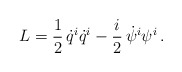
\begin{align*}L=\frac{1}{2}\,\dot q^i\dot q^i-\frac{i}{2}\,\dot\psi^i\psi^i\,.\end{align*}